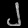
Digit: ၂